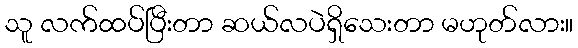
သူ လက်ထပ်ပြီးတာ ဆယ်လပဲရှိသေးတာ မဟုတ်လား။